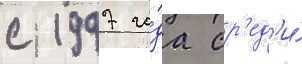
с 1997 го́да ср'ед'и́